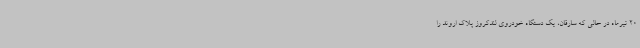
20 تیرماه در حالی که سارقان، یک دستگاه خودروی لندکروز پلاک اروند را